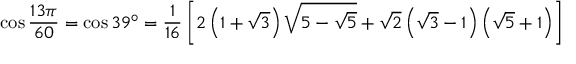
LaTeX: \cos { \frac { 1 3 \pi } { 6 0 } } = \cos 3 9 ^ { \circ } = { \frac { 1 } { 1 6 } } \left[ 2 \left( 1 + { \sqrt { 3 } } \right) { \sqrt { 5 - { \sqrt { 5 } } } } + { \sqrt { 2 } } \left( { \sqrt { 3 } } - 1 \right) \left( { \sqrt { 5 } } + 1 \right) \right]